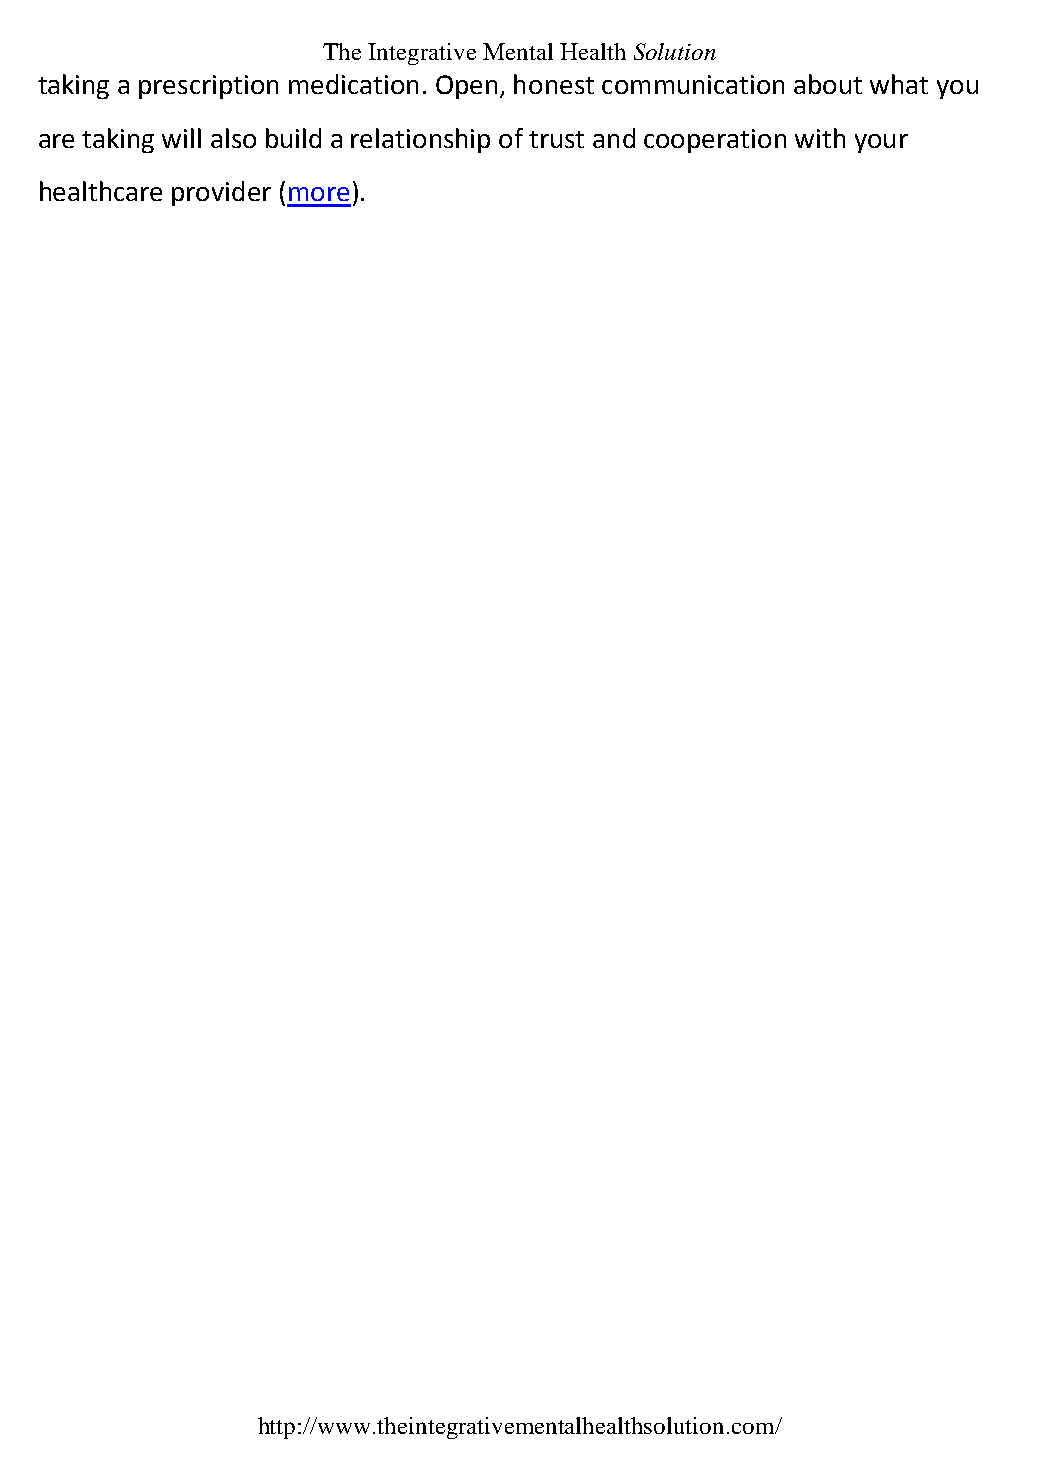
The Integrative Mental Health Solution
 taking a prescription medication. Open, honest communication about what you
 are taking will also build a relationship of trust and cooperation with your
 healthcare provider (more).
 http://www.theintegrativementalhealthsolution.com/